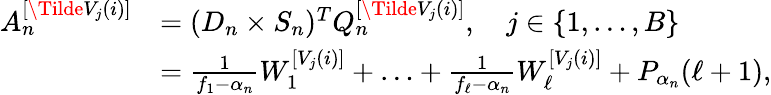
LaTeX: \begin{array}{rl}{A_{n}^{[\Tilde{V}_{j}(i)]}}&{=(D_{n}\times S_{n})^{T}Q_{n}^{[\Tilde{V}_{j}(i)]},\quad j\in\{ 1,\dotsc,B\} }\\ &{=\frac{1}{f_{1}-\alpha_{n}}W_{1}^{[V_{j}(i)]}+\dotsc+\frac{1}{f_{\ell}-\alpha_{n}}W_{\ell}^{[V_{j}(i)]}+P_{\alpha_{n}}(\ell+1),}\end{array}